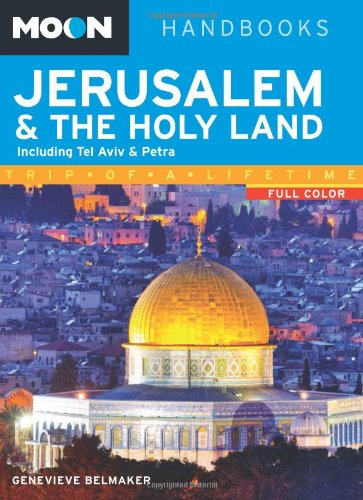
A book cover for Moon Jerusalem & the Holy Land: Including Tel Aviv & Petra (Moon Handbooks); Genevieve Belmaker; Travel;